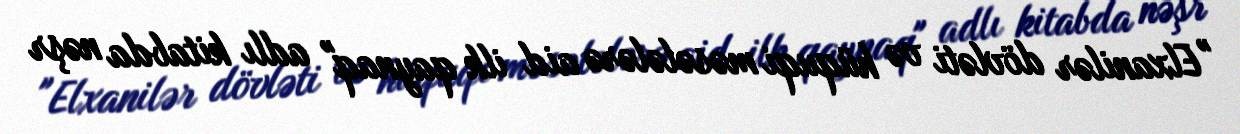
"Elxanilər dövləti və hüquqi məsələlərə aid ilk qaynaq" adlı kitabda nəşr